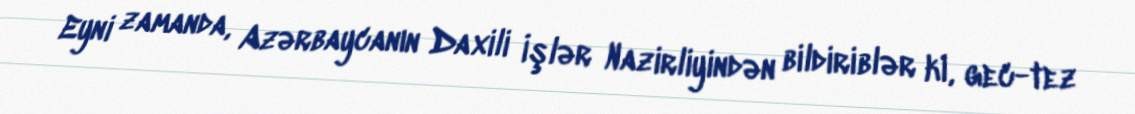
Eyni zamanda, Azərbaycanın Daxili İşlər Nazirliyindən bildiriblər ki, gec-tez